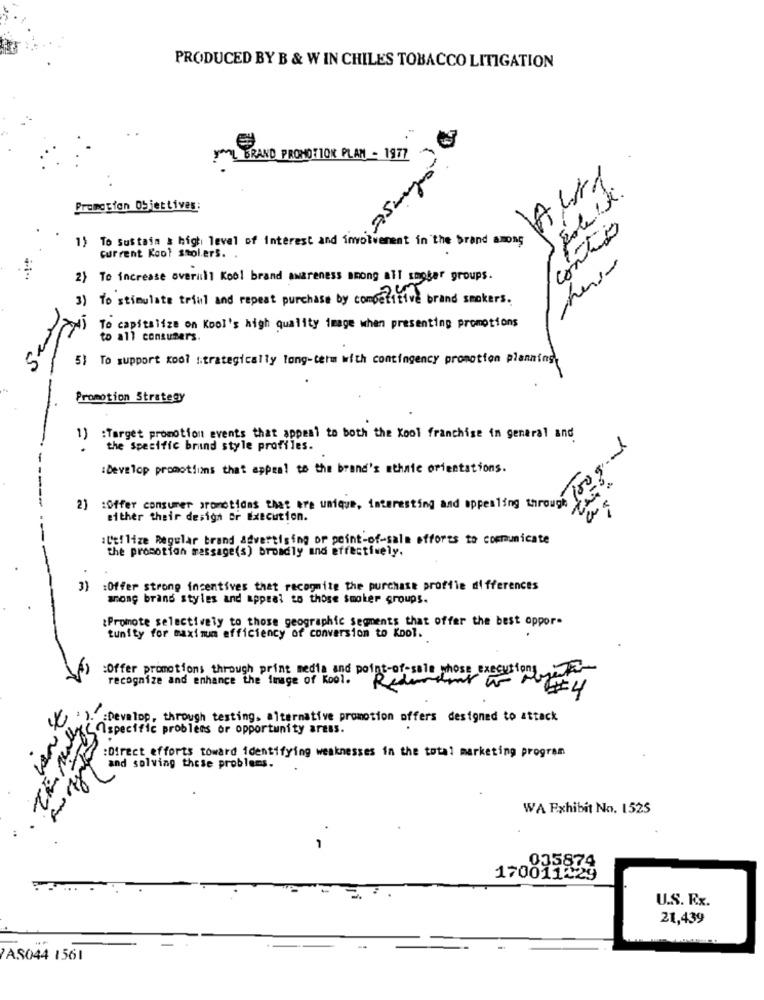
PRODUCED BY B & W IN CHILES TOBACCO LITIGATION
BRAND PROMOTION PLAN - 1977
Al1
Promotion Objettives:
To Sustain stolerso Interest
contrado
weren't in the brand among
mesa
2) To increase overall Kool brand awareness among all smoker groups.
3) To stimulate triml and repeat purchase by competitive brand smokers.
To capitalize on Kool's high quality image when presenting promotions
to all consumers.
5) To support kool strategically long-term with contingency promotion planning
Promotion Strategy
1)
:Target promotion events that appeal to both the Kool franchise in general and
the specific brand style profiles.
-
:Develop promotions that appeal to the brand's athaie orientations.
2) :Offer consumer aronotidas that are unique, interesting and appealing through
either their desigh or Execution.
:Utilize Regular brand advertising or point-of-sala efforts to communicate
the promotion message(s) broadly and effectively.
3)
:Offer strong incentives that recognite the purchase profile differences
anong brand styles and appeal to those smoker groups.
¿Promote selectively to those geographic segments that offer the best oppor-
tunity for maximum efficiency of conversion to Kool.
:Offer promotions through print media and point-of-sale whose execution
recognize and enhance the image of Kool.
Redundant
#4
-:
7
:Develop, through testing. alternative promotion offers designed to attack
Ispecific problems or opportunity aress.
:Direct efforts toward identifying weaknesses in the total marketing program
and solving these problems.
WA Exhibit No. 1525
035874
170011429
U.S. Ex.
21,439
AS044 1561